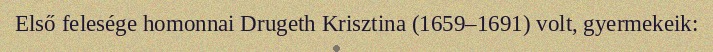
Első felesége homonnai Drugeth Krisztina (1659–1691) volt, gyermekeik: